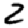
Digit: 2